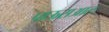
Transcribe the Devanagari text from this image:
पाऊसआल